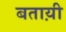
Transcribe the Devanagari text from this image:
बताय़ी